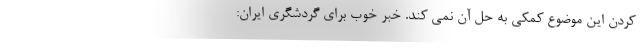
کردن این موضوع کمکی به حل آن نمی کند. خبر خوب برای گردشگری ایران: